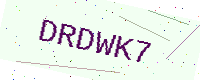
Text: DRDWK7